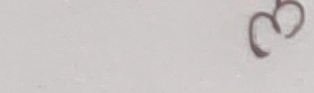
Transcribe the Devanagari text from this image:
३